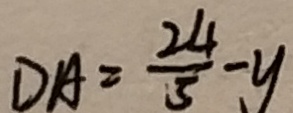
D A = \frac { 2 4 } { 5 } - y